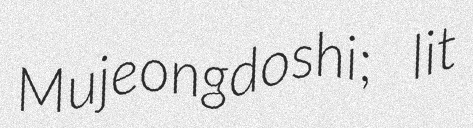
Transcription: Mujeongdoshi; lit